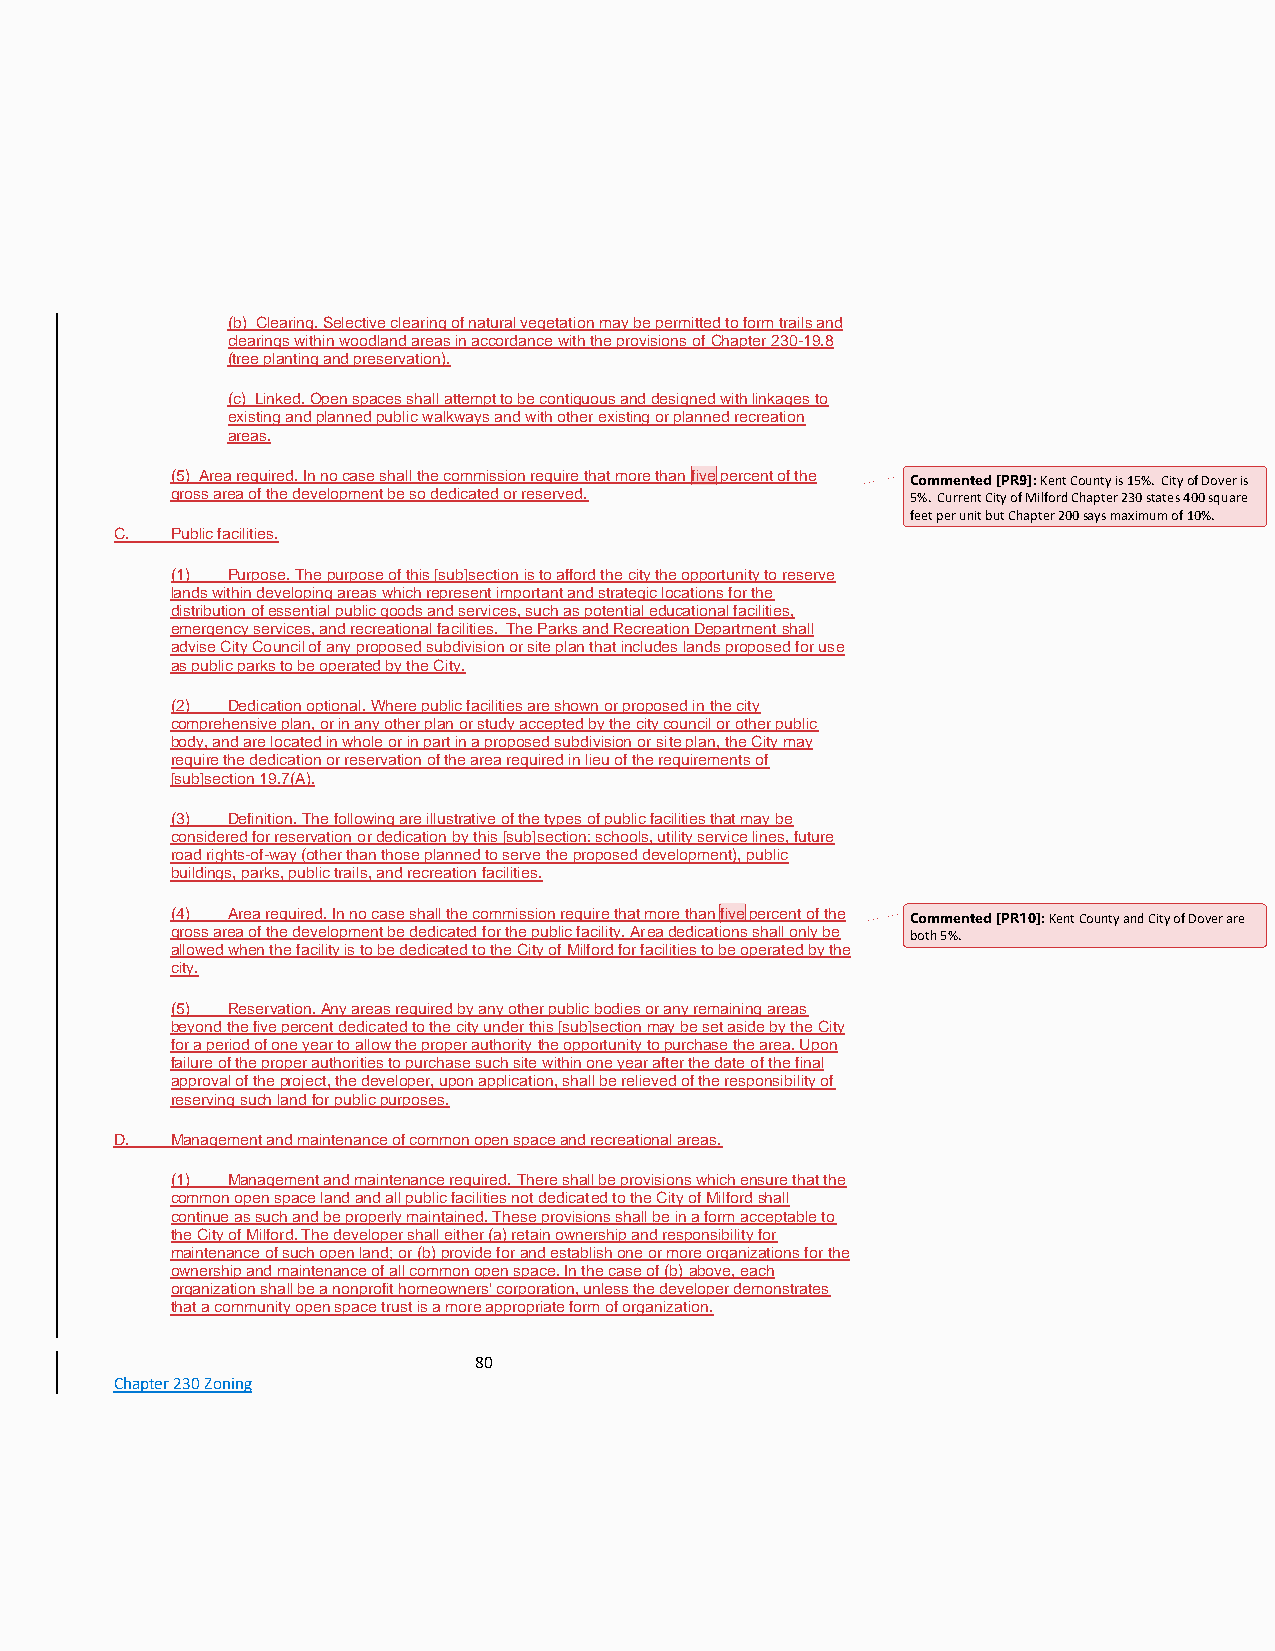
(b) Clearing. Selective clearing of natural vegetation may be permitted to form trails and
 clearings within woodland areas in accordance with the provisions of Chapter 230-19.8
 (tree planting and preservation).
 (c) Linked. Open spaces shall attempt to be contiguous and designed with linkages to
 existing and planned public walkways and with other existing or planned recreation
 areas.
 (5) Area required. In no case shall the commission require that more than five percent of the Commented [PR9]: Kent County is 15%. City of Dover is
 gross area of the development be so dedicated or reserved. 5%. Current City of Milford Chapter 230 states 400 square
 feet per unit but Chapter 200 says maximum of 10%.
 C. Public facilities.
 (1) Purpose. The purpose of this [sub]section is to afford the city the opportunity to reserve
 lands within developing areas which represent important and strategic locations for the
 distribution of essential public goods and services, such as potential educational facilities,
 emergency services, and recreational facilities. The Parks and Recreation Department shall
 advise City Council of any proposed subdivision or site plan that includes lands proposed for use
 as public parks to be operated by the City.
 (2) Dedication optional. Where public facilities are shown or proposed in the city
 comprehensive plan, or in any other plan or study accepted by the city council or other public
 body, and are located in whole or in part in a proposed subdivision or site plan, the City may
 require the dedication or reservation of the area required in lieu of the requirements of
 [sub]section 19.7(A).
 (3) Definition. The following are illustrative of the types of public facilities that may be
 considered for reservation or dedication by this [sub]section: schools, utility service lines, future
 road rights-of-way (other than those planned to serve the proposed development), public
 buildings, parks, public trails, and recreation facilities.
 (4) Area required. In no case shall the commission require that more than five percent of the Commented [PR10]: Kent County and City of Dover are
 gross area of the development be dedicated for the public facility. Area dedications shall only be both 5%.
 allowed when the facility is to be dedicated to the City of Milford for facilities to be operated by the
 city.
 (5) Reservation. Any areas required by any other public bodies or any remaining areas
 beyond the five percent dedicated to the city under this [sub]section may be set aside by the City
 for a period of one year to allow the proper authority the opportunity to purchase the area. Upon
 failure of the proper authorities to purchase such site within one year after the date of the final
 approval of the project, the developer, upon application, shall be relieved of the responsibility of
 reserving such land for public purposes.
 D. Management and maintenance of common open space and recreational areas.
 (1) Management and maintenance required. There shall be provisions which ensure that the
 common open space land and all public facilities not dedicated to the City of Milford shall
 continue as such and be properly maintained. These provisions shall be in a form acceptable to
 the City of Milford. The developer shall either (a) retain ownership and responsibility for
 maintenance of such open land; or (b) provide for and establish one or more organizations for the
 ownership and maintenance of all common open space. In the case of (b) above, each
 organization shall be a nonprofit homeowners' corporation, unless the developer demonstrates
 that a community open space trust is a more appropriate form of organization.
 80
 Chapter 230 Zoning